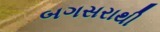
બગસરાથી